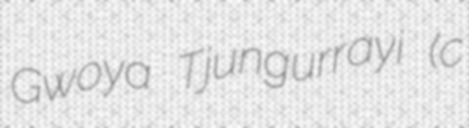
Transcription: Gwoya Tjungurrayi (c